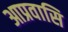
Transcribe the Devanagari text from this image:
आप्रवासि